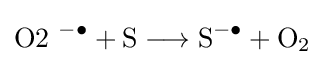
{{\text{O2}}~{\vphantom {A}}^{-\bullet }{}+{}{\text{S}}{}\mathrel {\longrightarrow } {}{\text{S}}{\vphantom {A}}^{-\bullet }{}+{}\mathrm {O} {\vphantom {A}}_{\smash[{t}]{2}}}